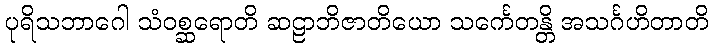
ပုရိသဘာဂေါ သံဝစ္ဆရောတိ ဆဠာဘိဇာတိယော သင်္ကေတန္တိ အသင်္ဂဟိတာတိ